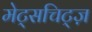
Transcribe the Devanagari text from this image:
मेट्सचिट्ज़